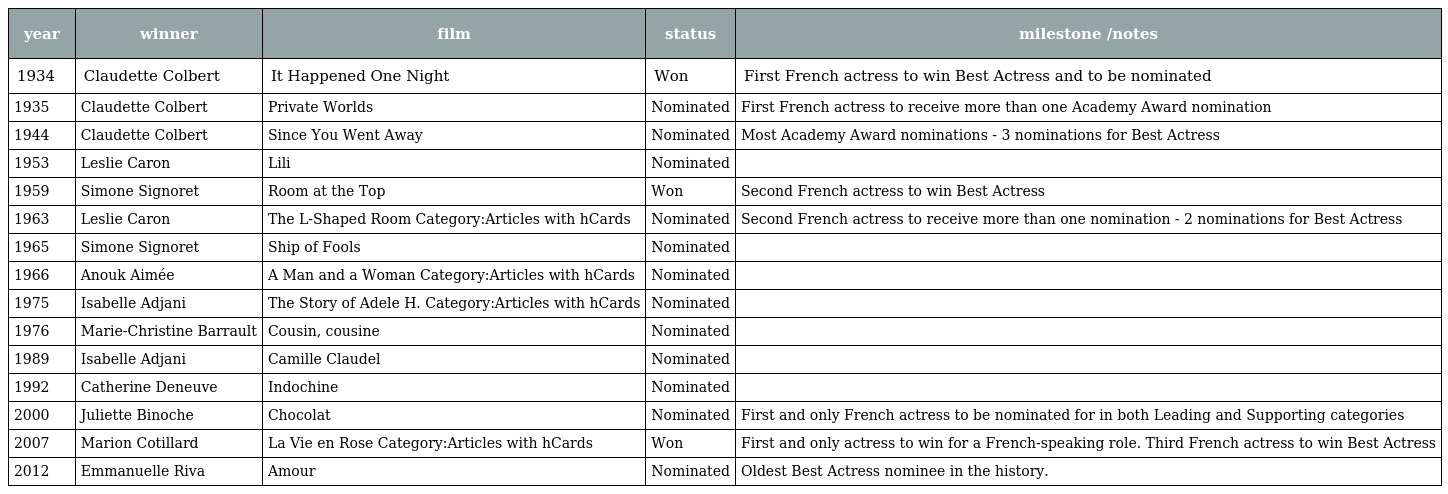
| year | winner | film | status | milestone /notes |
 | --- | --- | --- | --- | --- |
 | 1934 | Claudette Colbert | It Happened One Night | Won | First French actress to win Best Actress and to be nominated |
 | 1935 | Claudette Colbert | Private Worlds | Nominated | First French actress to receive more than one Academy Award nomination |
 | 1944 | Claudette Colbert | Since You Went Away | Nominated | Most Academy Award nominations - 3 nominations for Best Actress |
 | 1953 | Leslie Caron | Lili | Nominated |  |
 | 1959 | Simone Signoret | Room at the Top | Won | Second French actress to win Best Actress |
 | 1963 | Leslie Caron | The L-Shaped Room Category:Articles with hCards | Nominated | Second French actress to receive more than one nomination - 2 nominations for Best Actress |
 | 1965 | Simone Signoret | Ship of Fools | Nominated |  |
 | 1966 | Anouk Aimée | A Man and a Woman Category:Articles with hCards | Nominated |  |
 | 1975 | Isabelle Adjani | The Story of Adele H. Category:Articles with hCards | Nominated |  |
 | 1976 | Marie-Christine Barrault | Cousin, cousine | Nominated |  |
 | 1989 | Isabelle Adjani | Camille Claudel | Nominated |  |
 | 1992 | Catherine Deneuve | Indochine | Nominated |  |
 | 2000 | Juliette Binoche | Chocolat | Nominated | First and only French actress to be nominated for in both Leading and Supporting categories |
 | 2007 | Marion Cotillard | La Vie en Rose Category:Articles with hCards | Won | First and only actress to win for a French-speaking role. Third French actress to win Best Actress |
 | 2012 | Emmanuelle Riva | Amour | Nominated | Oldest Best Actress nominee in the history. |